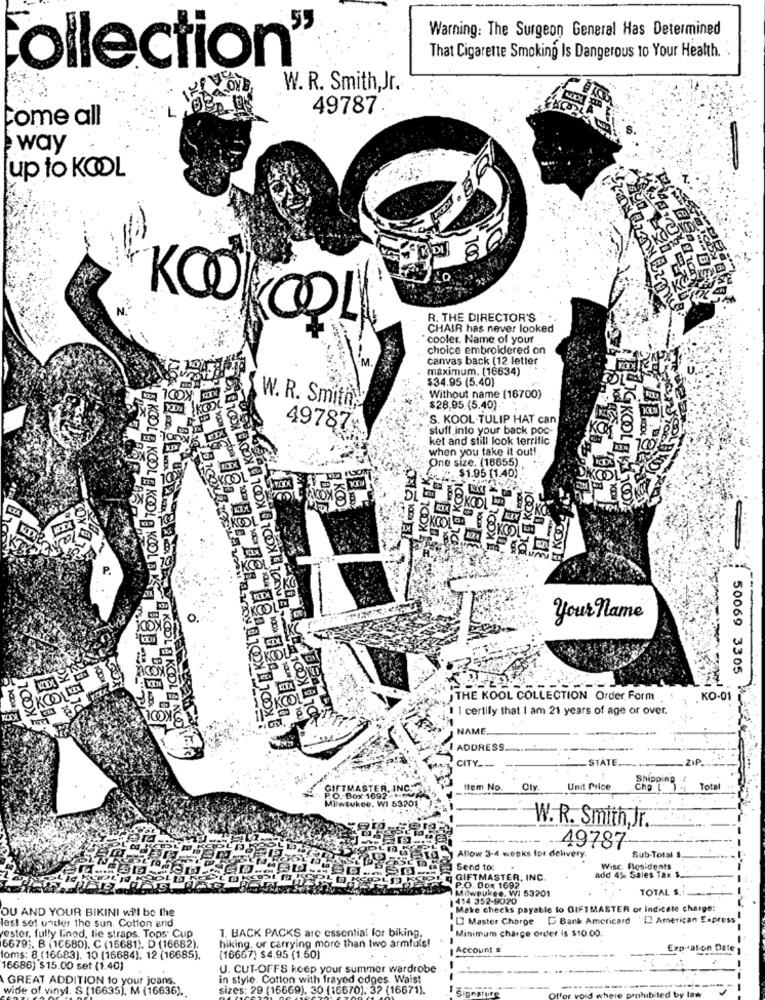
Warning: The Surgeon General Has Determined
ollection"
That Cigarette Smoking Is Dangerous 10 Your Health.
W. R. Smith,Jr.
49787
come all
way
up to KOOL
R. THE DIRECTOR'S
KOOL
CHAIR has never looked
" cooler. Name of your
choice embroidered on
canvas back (12 letter
maximum. (16634)
$34.95 (5.40)
Without name (16700)
W. R. Smith,
$28.95. (5.40)
S. KOOL TULIP HAT can
49787%
stuff into your back poc-
ket and still look terrific
when you take it out!
:One size. (16655)
: $1.95 (1.40)
DLE KOOI
HKCO.
0
your name
KG
THE KOOL COLLECTION Order Form
KO-01
KOOL
1 1 certify that I am 21 years of age or over.
50069 3305 W_12
NAME
ADDRESS .....
KOOLE KOOLE KOOL KOOLEN KOOL KOOLBACON
STATE ..
ZIP.
CITY-
Shipping
GIFTMASTER, INC.
fem No.
Oly
Unit Price
Chp _
Total
P.O. Box 1692 -** MP3
Milwaukee, WI 53201
W. R. Smith Jr.
49787
Sub-Total S.
Allow 3-4 weeks for delivery.
Send to:
Wisc. Residents
GIFTMASTER, INC.
add 4% Sales Tax $.
Milwaukee. Wi 53201
P.O. Cox 1692
TOTAL S.
414 352-9020
OU AND YOUR BIKINI will be the
Make checks payable to GIFTMASTER or Indicete charge:
lest set under the sun. Cotton and
[] Master Charge "[ Bank Americard ' [] American Express
1. BACK PACKS are essential for biking.
restor, fully linod, lie straps. Tops' Cup
.Minimum charge order is $10.00.
6679 ;. B (16680), C (16681). D (16682).
hiking, or carrying more than two armfuls!
Account
Expiration Date
oms: 8 (16683). 10 (16684), 12 (16685).
(16667) $4.95 (1.60)
16686) $15.00 set (1.40)
U. CUT-OFFS keep your summer wardrobe
GREAT ADDITION to your jeans.
in style. Cotton with frayed odoes Waist
wide of vinyl. S [16635), M (16636).
sizes: 29 (16669), 30 (16670). 32 (16671).